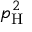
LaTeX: p _ { \mathrm { H } } ^ { 2 }